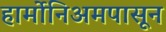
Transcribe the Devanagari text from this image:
हार्मोनिअमपासून